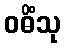
ဝဓိံသု